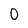
Character: 0